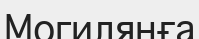
Могилянға